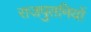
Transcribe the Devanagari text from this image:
राजपुतनियों